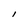
Character: l